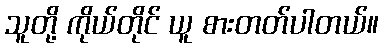
သူတို့ ကိုယ်တိုင် ယူ စားတတ်ပါတယ်။